system: You are a helpful assistant.
user:
Analyze the provided spectrum to determine if it is a **Carbon Star (C-type)**.

- **Key Visual Indicators of Carbon Star:**
    - **(Primary):** Strong molecular absorption from **C₂ (diatomic carbon) "Swan Bands."** This is the **defining feature** of a carbon star.
        - **(Key Bandheads):** Sharp absorption edges are visible at approximately $5635$ Å, $5165$ Å (the strongest band), and $4737$ Å.
        - **(Line Profile):** Creates a distinct **"saw-tooth"** pattern. The key morphology is a sharp, steep bandhead on the **red (long-wavelength) side**, which then gradually tapers off (i.e., flux recovers) towards the **blue (short-wavelength) side**. *(This is the direct opposite of the TiO bands seen in M-type stars)*.

    - **(Secondary):** Intense **CN (cyanogen)** molecular absorption bands.
        - **(Key Bandheads):** Located in the blue and violet regions of the spectrum (e.g., near $4215$ Å and $3883$ Å).
        - **(Morphology):** These bands are extremely broad and act as a "blanket," absorbing the vast majority of blue and violet light. This creates a characteristic **"cliff"** or **"steep drop-off"** in the spectrum's flux at short wavelengths.

    - **(Key Confirmation):** Strong **CH absorption band (G-band)**.
        - **(Key Bandhead):** Located around $4300$ Å. The contribution from CH molecules to this band is exceptionally strong.

    - **(Overall Spectrum):**
        - The continuum is severely "chopped up" by these deep molecular bands, especially C₂, rather than appearing as a smooth curve.
        - Due to the heavy CN and C₂ absorption in the blue-green, the vast majority of the star's flux is concentrated in the red part of the spectrum, giving the star its characteristic deep red color.

Think first, call **spectral_visualization_tool** if needed to examine features in detail, then provide your final answer. Your response must adhere to the following strict rules:
1.  **Overall Structure:** Your response must follow the format `<think>...</think> <tool_call>...</tool_call> (if a tool is used) <answer>...</answer>`.
2.  **Tool Usage Constraint:** You may only make **one** tool call per turn.
3.  **Final Answer Format:** In the `<answer>` tag, your conclusion must be inside a `\boxed{}` command (e.g., `\boxed{YES}`), followed by your justification.

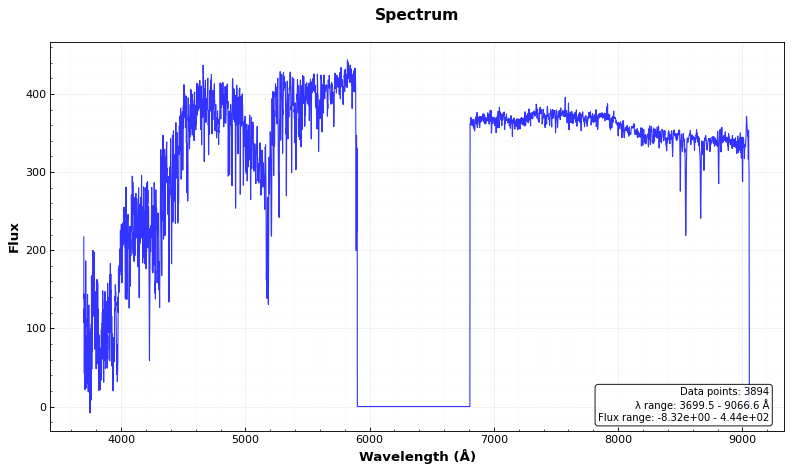
Answer: NO